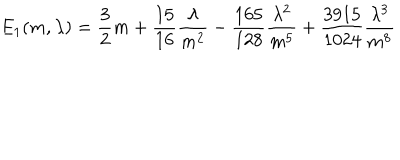
E _ { 1 } ( m , \lambda ) = \frac { 3 } { 2 } m + \frac { 1 5 } { 1 6 } \frac { \lambda } { m ^ { 2 } } - \frac { 1 6 5 } { 1 2 8 } \frac { \lambda ^ { 2 } } { m ^ { 5 } } + \frac { 3 9 1 5 } { 1 0 2 4 } \frac { \lambda ^ { 3 } } { m ^ { 8 } }